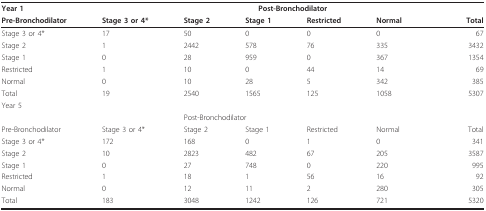
| Year 1 | <COLSPAN=6> Post-Bronchodilator |
 | Pre-Bronchodilator | Stage 3 or 4* | Stage 2 | Stage 1 | Restricted | Normal | Total |
 | --- | --- | --- | --- | --- | --- | --- |
 | Stage 3 or 4* | 17 | 50 | 0 | 0 | 0 | 67 |
 | Stage 2 | 1 | 2442 | 578 | 76 | 335 | 3432 |
 | Stage 1 | 0 | 28 | 959 | 0 | 367 | 1354 |
 | Restricted | 1 | 10 | 0 | 44 | 14 | 69 |
 | Normal | 0 | 10 | 28 | 5 | 342 | 385 |
 | Total | 19 | 2540 | 1565 | 125 | 1058 | 5307 |
 | Year 5 |  |  |  |  |  |  |
 |  |  | <COLSPAN=3> Post-Bronchodilator |  |  |
 | Pre-Bronchodilator | Stage 3 or 4* | Stage 2 | Stage 1 | Restricted | Normal | Total |
 | Stage 3 or 4* | 172 | 168 | 0 | 1 | 0 | 341 |
 | Stage 2 | 10 | 2823 | 482 | 67 | 205 | 3587 |
 | Stage 1 | 0 | 27 | 748 | 0 | 220 | 995 |
 | Restricted | 1 | 18 | 1 | 56 | 16 | 92 |
 | Normal | 0 | 12 | 11 | 2 | 280 | 305 |
 | Total | 183 | 3048 | 1242 | 126 | 721 | 5320 |